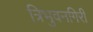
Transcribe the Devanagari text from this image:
त्रिभुवनगिरी